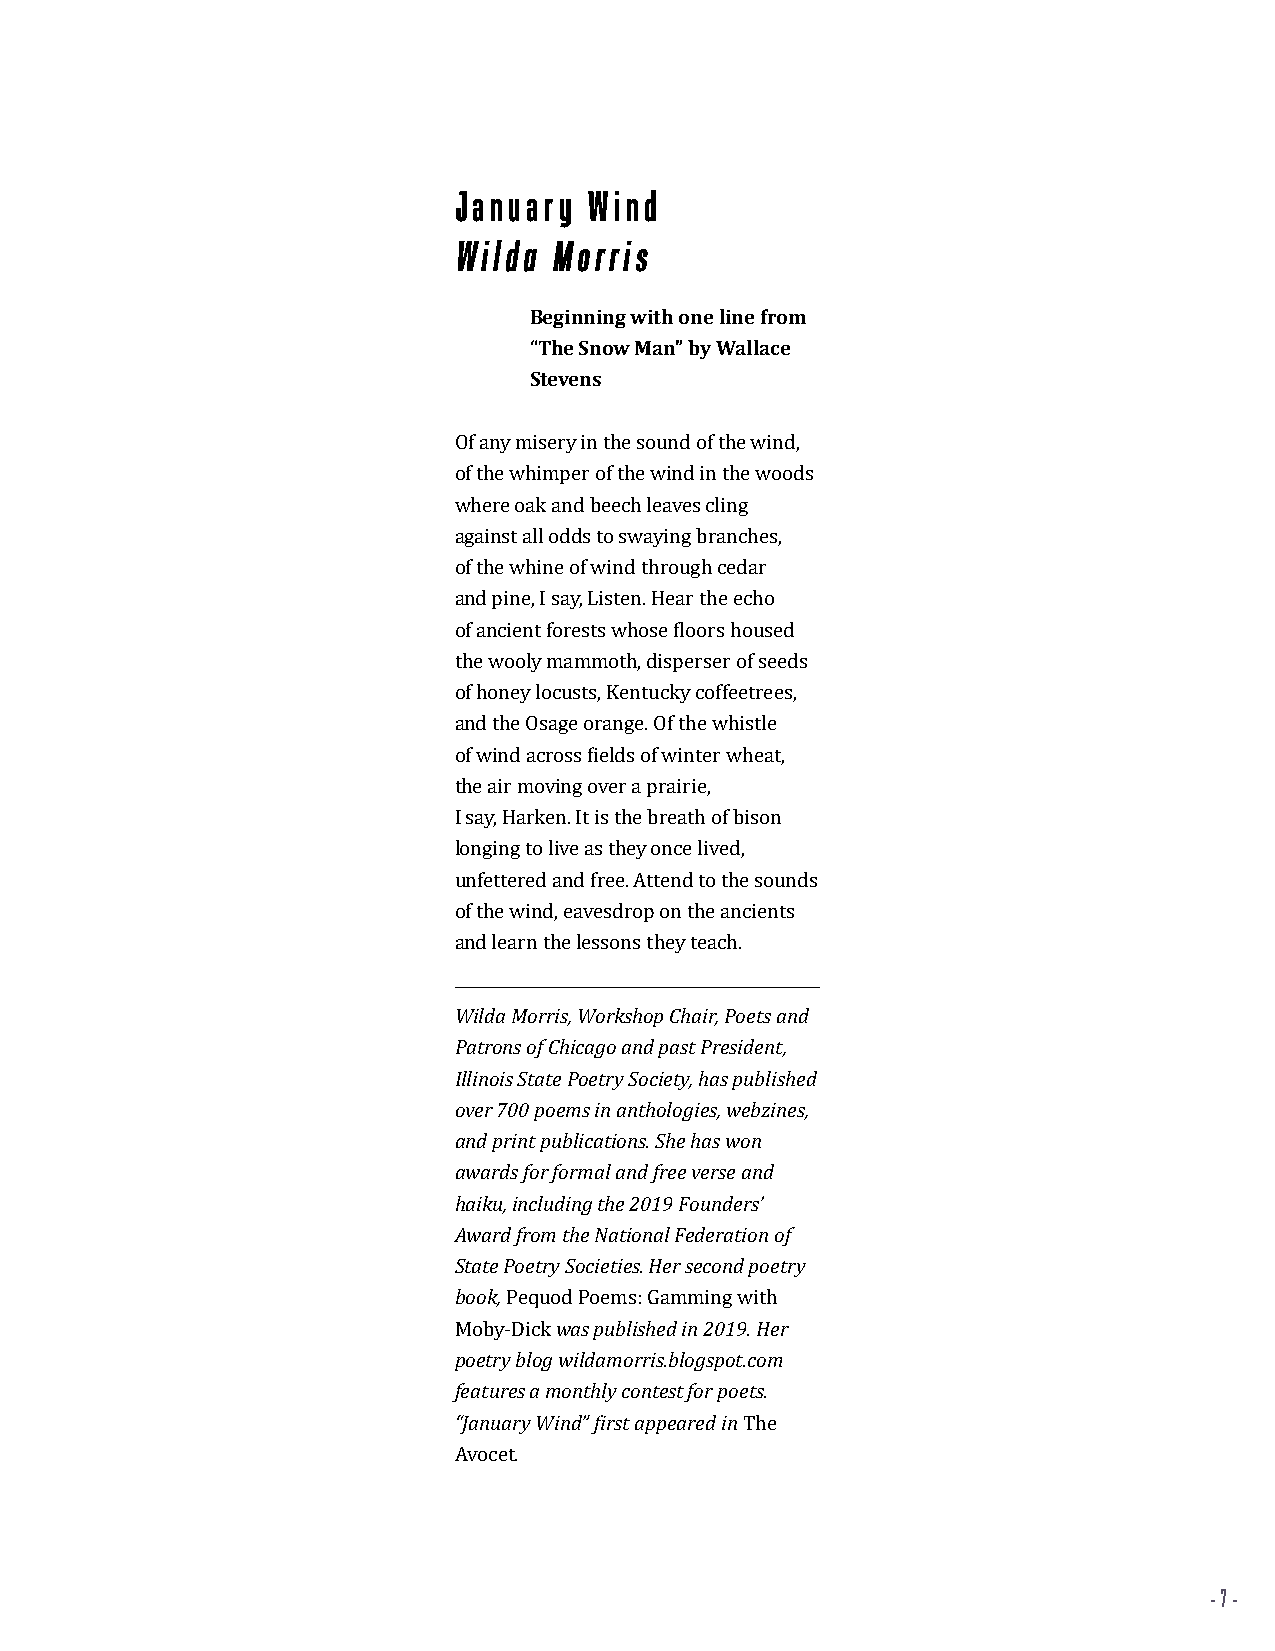
January  Wind
 Wilda  Morris
 Beginning with one line from
 “The Snow Man” by Wallace
 Stevens
 Of any misery in the sound of the wind,
 of the whimper of the wind in the woods
 where oak and beech leaves cling
 against all odds to swaying branches,
 of the whine of wind through cedar
 and pine, I say, Listen. Hear the echo
 of ancient forests whose floors housed
 the wooly mammoth, disperser of seeds
 of honey locusts, Kentucky coffeetrees,
 and the Osage orange. Of the whistle
 of wind across fields of winter wheat,
 the air moving over a prairie,
 I say, Harken. It is the breath of bison
 longing to live as they once lived,
 unfettered and free. Attend to the sounds
 of the wind, eavesdrop on the ancients
 and learn the lessons they teach.
 Wilda Morris, Workshop Chair, Poets and
 Patrons of Chicago and past President,
 Illinois State Poetry Society, has published
 over 700 poems in anthologies, webzines,
 and print publications. She has won
 awards for formal and free verse and
 haiku, including the 2019 Founders’
 Award from the National Federation of
 State Poetry Societies. Her second poetry
 book, Pequod Poems: Gamming with
 Moby-Dick was published in 2019. Her
 poetry blog wildamorris.blogspot.com
 features a monthly contest for poets.
 “January Wind” first appeared in The
 Avocet.
 - 7 -